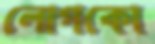
লোগকো